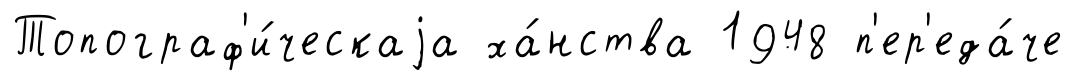
Топограф'и́ческаjа ха́нства 1948 п'ер'еда́че